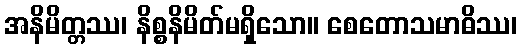
အနိမိတ္တဿ၊ နိစ္စနိမိတ်မရှိသော။ စေတောသမာဓိဿ၊